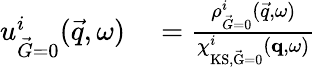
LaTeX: \begin{array}{rl}{{u_{\vec{G}=0}^{i}(\vec{q},\omega)}}&{{}=\frac{\rho_{\vec{G}=0}^{i}(\vec{q},\omega)}{\chi_{\mathrm{KS,\vec{G}=0}}^{i}(\mathbf{q},\omega)}}\end{array}